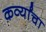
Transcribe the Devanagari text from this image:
कर्व्यांचा